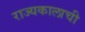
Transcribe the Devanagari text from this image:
राज्यकालाची